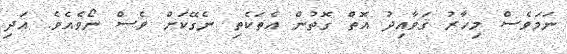
ނަމަވެސް މިހާރު ޤަވާއިދު އޮތް ގޮތުން އެތަކެތި ނެގޭކަށް ވެސް ނޯވެއެވެ. އަދި